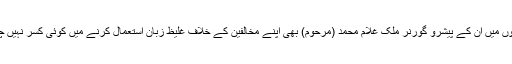
البتہ نجی محفلوں میں ان کے پیشرو گورنر ملک غلام محمد (مرحوم) بھی اپنے مخالفین کے خلاف غلیظ زبان استعمال کرنے میں کوئی کسر نہیں چھوڑتے تھے۔